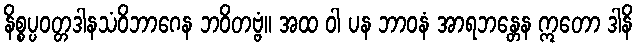
နိစ္စပ္ပဝတ္တဒါနသံဝိဘာဂေန ဘဝိတဗ္ဗံ။ အထ ဝါ ပန ဘာဝနံ အာရဘန္တေန ဣတော ဒါနိ